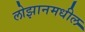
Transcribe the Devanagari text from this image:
लोझानमधील